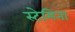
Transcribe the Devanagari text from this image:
स्टेमिना